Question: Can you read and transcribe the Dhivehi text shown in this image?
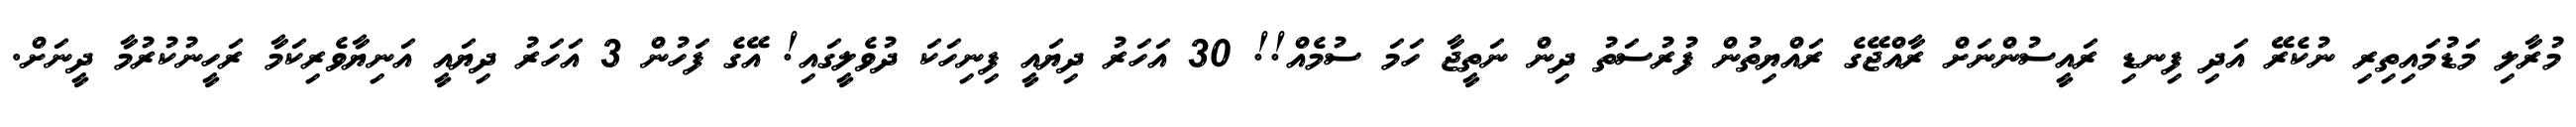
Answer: މުރާލި މަޑުމައިތިރި ނުކެރޭ އަދި ފިނޑި ރައީސުންނަށް ރާއްޖޭގެ ރައްޔިތުން ފުރުސަތު ދިން ނަތީޖާ ހަމަ ސުމެއް!! 30 އަހަރު ދިޔައީ ފިނިހަކަ ދުވެލީގައި! އޭގެ ފަހުން 3 އަހަރު ދިޔައީ އަނިޔާވެރިކަމާ ރަހީނުކުރުމާ ދީނަށް.